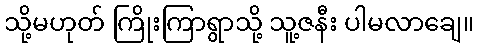
သို့မဟုတ် ကြိုးကြာရွာသို့ သူ့ဇနီး ပါမလာချေ။